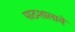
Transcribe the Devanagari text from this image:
पाठशालायें